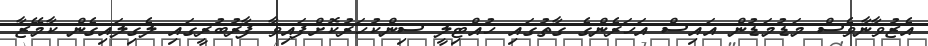
އެޒުވާނާވެސް މަޑުމަޑުން އައިސް އަހަރެންގެ ގާތުގައި ހުއްޓިލީ ސިންކުހަރުކޮށްފައިވާ ފާރުބުރީގައި ލެގިލައިގެން ކާމޭޒާ